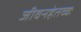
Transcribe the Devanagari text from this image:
जीवनहेतव्वः